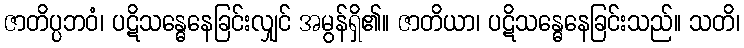
ဇာတိပ္ပဘဝံ၊ ပဋိသန္ဓေနေခြင်းလျှင် အမွန်ရှိ၏။ ဇာတိယာ၊ ပဋိသန္ဓေနေခြင်းသည်။ သတိ၊